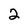
Character: 2